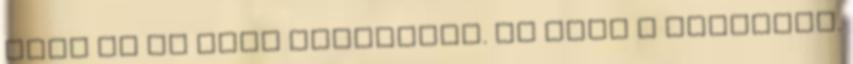
hogy ez az első lépcsőfok. Ez lesz a tanulóév.